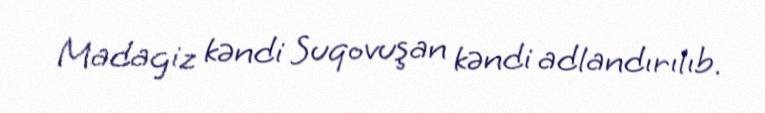
Madagiz kəndi Suqovuşan kəndi adlandırılıb.